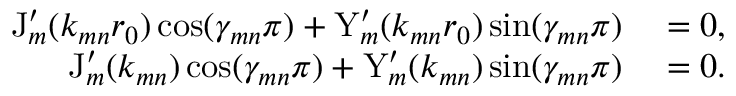
\begin{array} { r l } { \mathrm { J } _ { m } ^ { \prime } ( k _ { m n } r _ { 0 } ) \cos ( \gamma _ { m n } \pi ) + \mathrm { Y } _ { m } ^ { \prime } ( k _ { m n } r _ { 0 } ) \sin ( \gamma _ { m n } \pi ) } & { { } = 0 , } \\ { \mathrm { J } _ { m } ^ { \prime } ( k _ { m n } ) \cos ( \gamma _ { m n } \pi ) + \mathrm { Y } _ { m } ^ { \prime } ( k _ { m n } ) \sin ( \gamma _ { m n } \pi ) } & { { } = 0 . } \end{array}